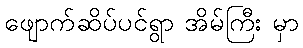
ဖျောက်ဆိပ်ပင်ရွာ အိမ်ကြီး မှာ